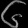
Digit: ၆